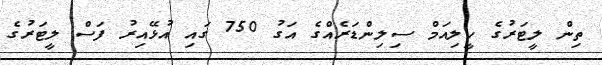
ތިން ލީޓަރުގެ ހީލިއަމް ސިލިންޑަރެއްގެ އަގު 750 ގައި އުޅޭއިރު ފަސް ލީޓަރުގެ